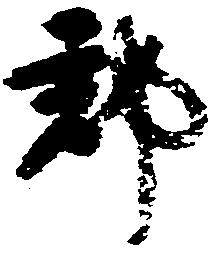
郡